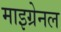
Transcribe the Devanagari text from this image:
माइग्रेनल